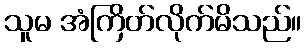
သူမ အံကြိတ်လိုက်မိသည်။